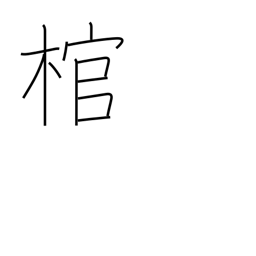
Meaning: coffin